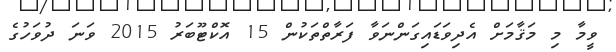
ވީމާ މި މަޤާމަށް އެދިވަޑައިގަންނަވާ ފަރާތްތަކުން 15 އޮކްޓޫބަރު 2015 ވަނަ ދުވަހުގެ